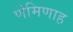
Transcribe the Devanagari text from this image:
णेमिणाह